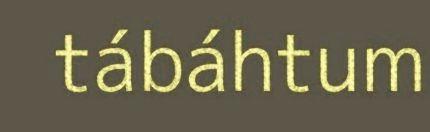
tábáhtum